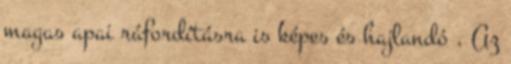
magas apai ráfordításra is képes és hajlandó . Az